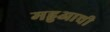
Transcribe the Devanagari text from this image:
महुआची